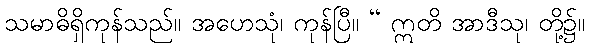
သမာဓိရှိကုန်သည်။ အဟေသုံ၊ ကုန်ပြီ။ “ ဣတိ အာဒီသု၊ တို့၌။